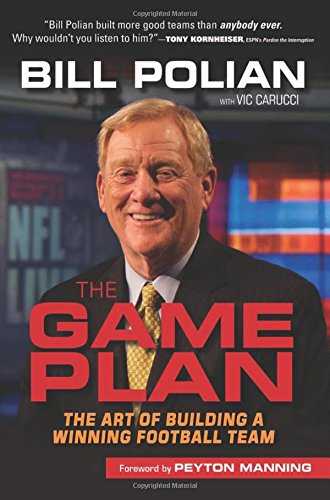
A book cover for The Game Plan: The Art of Building a Winning Football Team; Bill Polian; Biographies & Memoirs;